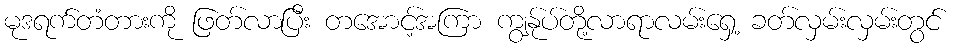
မုဒရက်တံတားကို ဖြတ်လာပြီး တအောင့်အကြာ ကျွန်ုပ်တို့လာရာလမ်းရှေ့ ခတ်လှမ်းလှမ်းတွင်